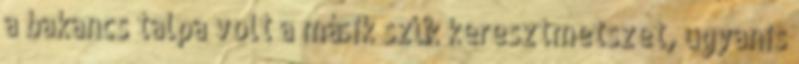
a bakancs talpa volt a másik szűk keresztmetszet, ugyanis